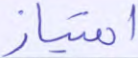
امتياز